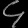
Digit: ၄